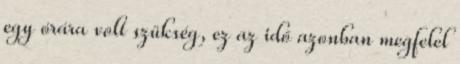
egy órára volt szükség, ez az idő azonban megfelel